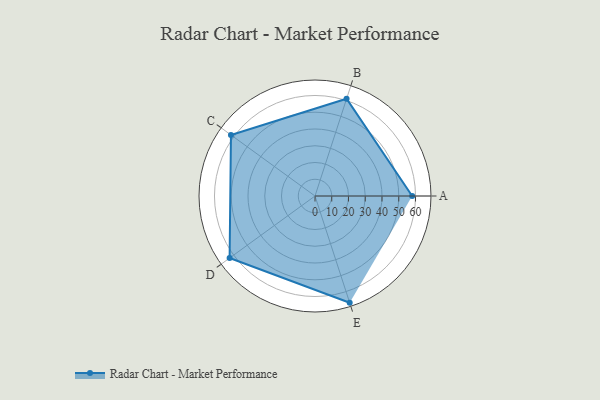
{"axis": {"x": "Skill", "y": "Score"}, "legend": ["Profile"], "data": [{"x": "A", "y": 58.0, "type": "Profile"}, {"x": "B", "y": 61.0, "type": "Profile"}, {"x": "C", "y": 62.0, "type": "Profile"}, {"x": "D", "y": 63.0, "type": "Profile"}, {"x": "E", "y": 67.0, "type": "Profile"}]}